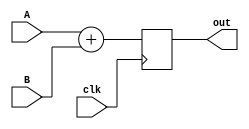
// @author: all

module syncAdder(clk, A, B, out);
    input clk;
    input [31:0]A, B;
    output reg [31:0]out;
    always @(posedge clk)
        out = A+B;
endmodule